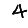
Digit: 4